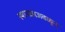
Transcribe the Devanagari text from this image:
स्थानकाजवळून्